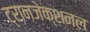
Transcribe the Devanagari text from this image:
ट्रानजेक्शनल